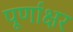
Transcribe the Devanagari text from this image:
पूर्णाक्षर